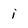
Character: i